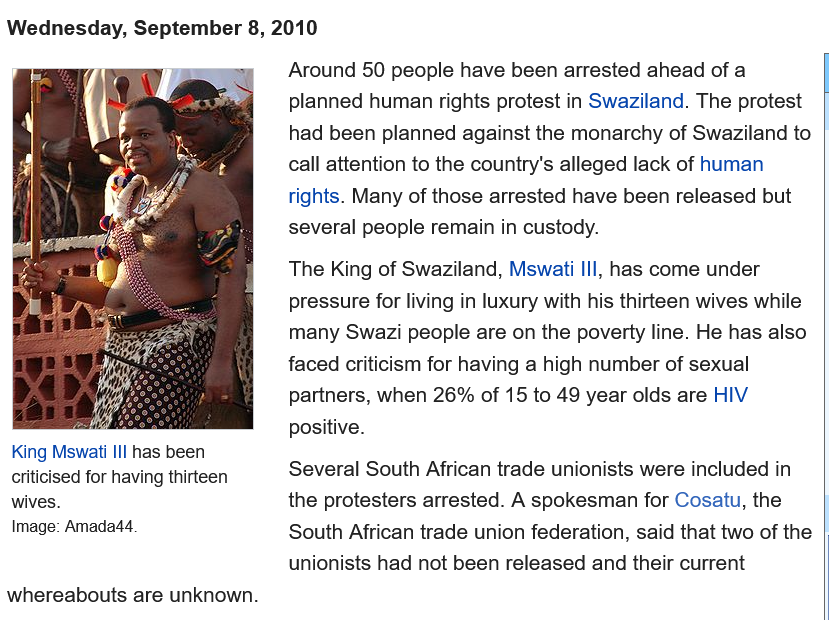
Wednesday,  September 8, 2010
     Around 50 people have been arrested ahead of a
     planned human rights protest in Swaziland. The protest
     had been planned against the monarchy of Swaziland to
     call attention to the country's alleged lack of human
     rights. Many of those arrested have been released but
     several people remain in custody.
     The King of Swaziland, Mswati Ill, has come under
     pressure for living in luxury with his thirteen wives while
     many Swazi  people are on the poverty line. He has also
     faced criticism for having a high number of sexual
     partners, when 26% of 15 to 49 year olds are HIV
     positive.
     Several South African trade unionists were included in
     the protesters arrested. A spokesman for Cosatu, the
     South African trade union federation, said that two of tt
     unionists had not been released and their current
  whereabouts are unknown.
  King Mswati IIl has been
  criticised for having thirteen
  wives.
  Image: Amada44.